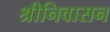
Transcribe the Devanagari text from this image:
श्रीनिवासन